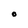
Character: O